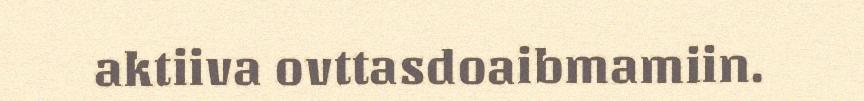
aktiiva ovttasdoaibmamiin.